Insane asylums in Bengal annual reports 1876-1887 - 1876-1887
Year: 1876
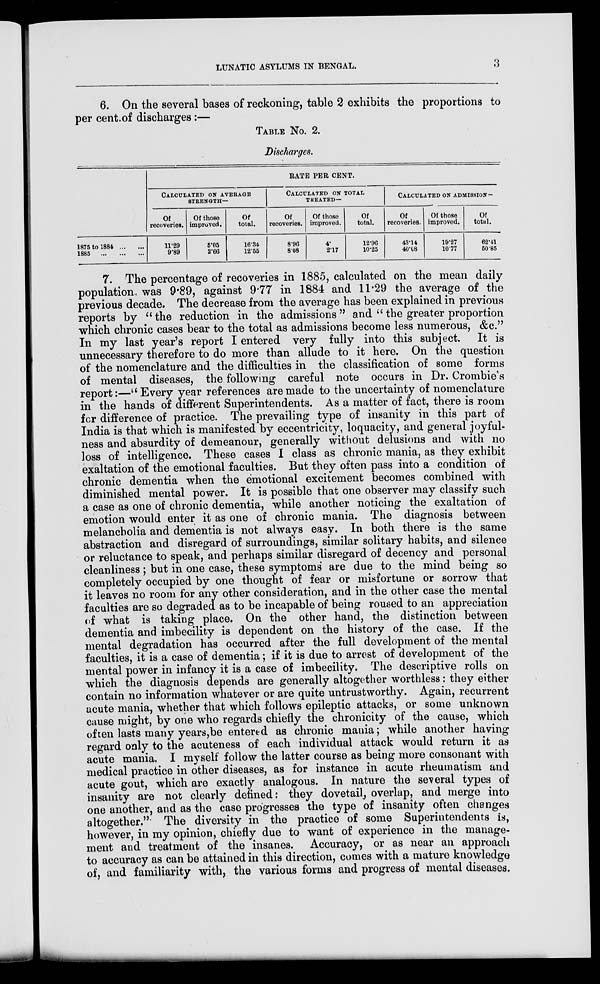
LUNATIC ASYLUMS IN BENGAL.
3
6. On the several bases of reckoning, table 2 exhibits the proportions to
per cent. of discharges :—
TABLE No. 2.
Discharges.
1875 to 1884
... ...
1885
...
...
...
RATE PER CENT.
CALCULATED ON AVERAGE
STRENGTH—
Of
recoveries.
11.29
9.89
Of those
improved.
5.05
2.66
Of
total.
16.34
12.55
CALCULATED ON TOTAL—
TREATED—
Of
recoveries.
8.96
8.08
Of those
improved.
4.
2.17
Of
total.
12.96
10.25
CALCULATED ON ADMISSION —
Of
recoveries.
43.14
40.08
Of those
improved.
19.27
10.77
Of
total.
62.41
50.85
7. The percentage of recoveries in 1885, calculated on the mean daily
population, was 9.89, against 9.77 in 1884 and 11.29 the average of the
previous decade. The decrease from the average has been explained in previous
reports by "the reduction in the admissions" and " the greater proportion
which chronic cases bear to the total as admissions become less numerous, &c."
In my last year's report I entered very fully into this subject. It is
unnecessary therefore to do more than allude to it here. On the question
of the nomenclature and the difficulties in the classification of some forms
of mental diseases, the following careful note occurs in Dr. Crombie's
report:—" Every year references are made to the uncertainty of nomenclature
in the hands of different Superintendents. As a matter of fact, there is room
for difference of practice. The prevailing type of insanity in this part of
India is that which is manifested by eccentricity, loquacity, and general joyful-
ness and absurdity of demeanour, generally without delusions and with no
loss of intelligence. These cases I class as chronic mania, as they exhibit
exaltation of the emotional faculties. But they often pass into a condition of
chronic dementia when the emotional excitement becomes combined with
diminished mental power. It is possible that one observer may classify such
a case as one of chronic dementia, while another noticing the exaltation of
emotion would enter it as one of chronic mania. The diagnosis between
melancholia and dementia is not always easy. In both there is the same
abstraction and disregard of surroundings, similar solitary habits, and silence
or reluctance to speak, and perhaps similar disregard of decency and personal
cleanliness; but in one case, these symptoms are due to the mind being so
completely occupied by one thought of fear or misfortune or sorrow that
it leaves no room for any other consideration, and in the other case the mental
faculties are so degraded as to be incapable of being roused to an appreciation
of what is taking place. On the other hand, the distinction between
dementia and imbecility is dependent on the history of the case. If the
mental degradation has occurred after the full development of the mental
faculties, it is a case of dementia; if it is due to arrest of development of the
mental power in infancy it is a case of imbecility. The descriptive rolls on
which the diagnosis depends are generally altogether worthless: they either
contain no information whatever or are quite untrustworthy. Again, recurrent
acute mania, whether that which follows epileptic attacks, or some unknown
cause might, by one who regards chiefly the chronicity of the cause, which
often lasts many years,be entered as chronic mania; while another having
regard only to the acuteness of each individual attack would return it as
acute mania. I myself follow the latter course as being more consonant with
medical practice in other diseases, as for instance in acute rheumatism and
acute gout, which are exactly analogous. In nature the several types of
insanity are not clearly defined: they dovetail, overlap, and merge into
one another, and as the case progresses the type of insanity often changes
altogether." The diversity in the practice of some Superintendents is,
however, in my opinion, chiefly due to want of experience in the manage-
ment and treatment of the insanes. Accuracy, or as near an approach
to accuracy as can be attained in this direction, comes with a mature knowledge
of, and familiarity with, the various forms and progress of mental diseases.